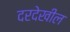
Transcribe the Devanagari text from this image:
दरदेखील